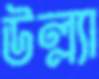
উল্ল্যা